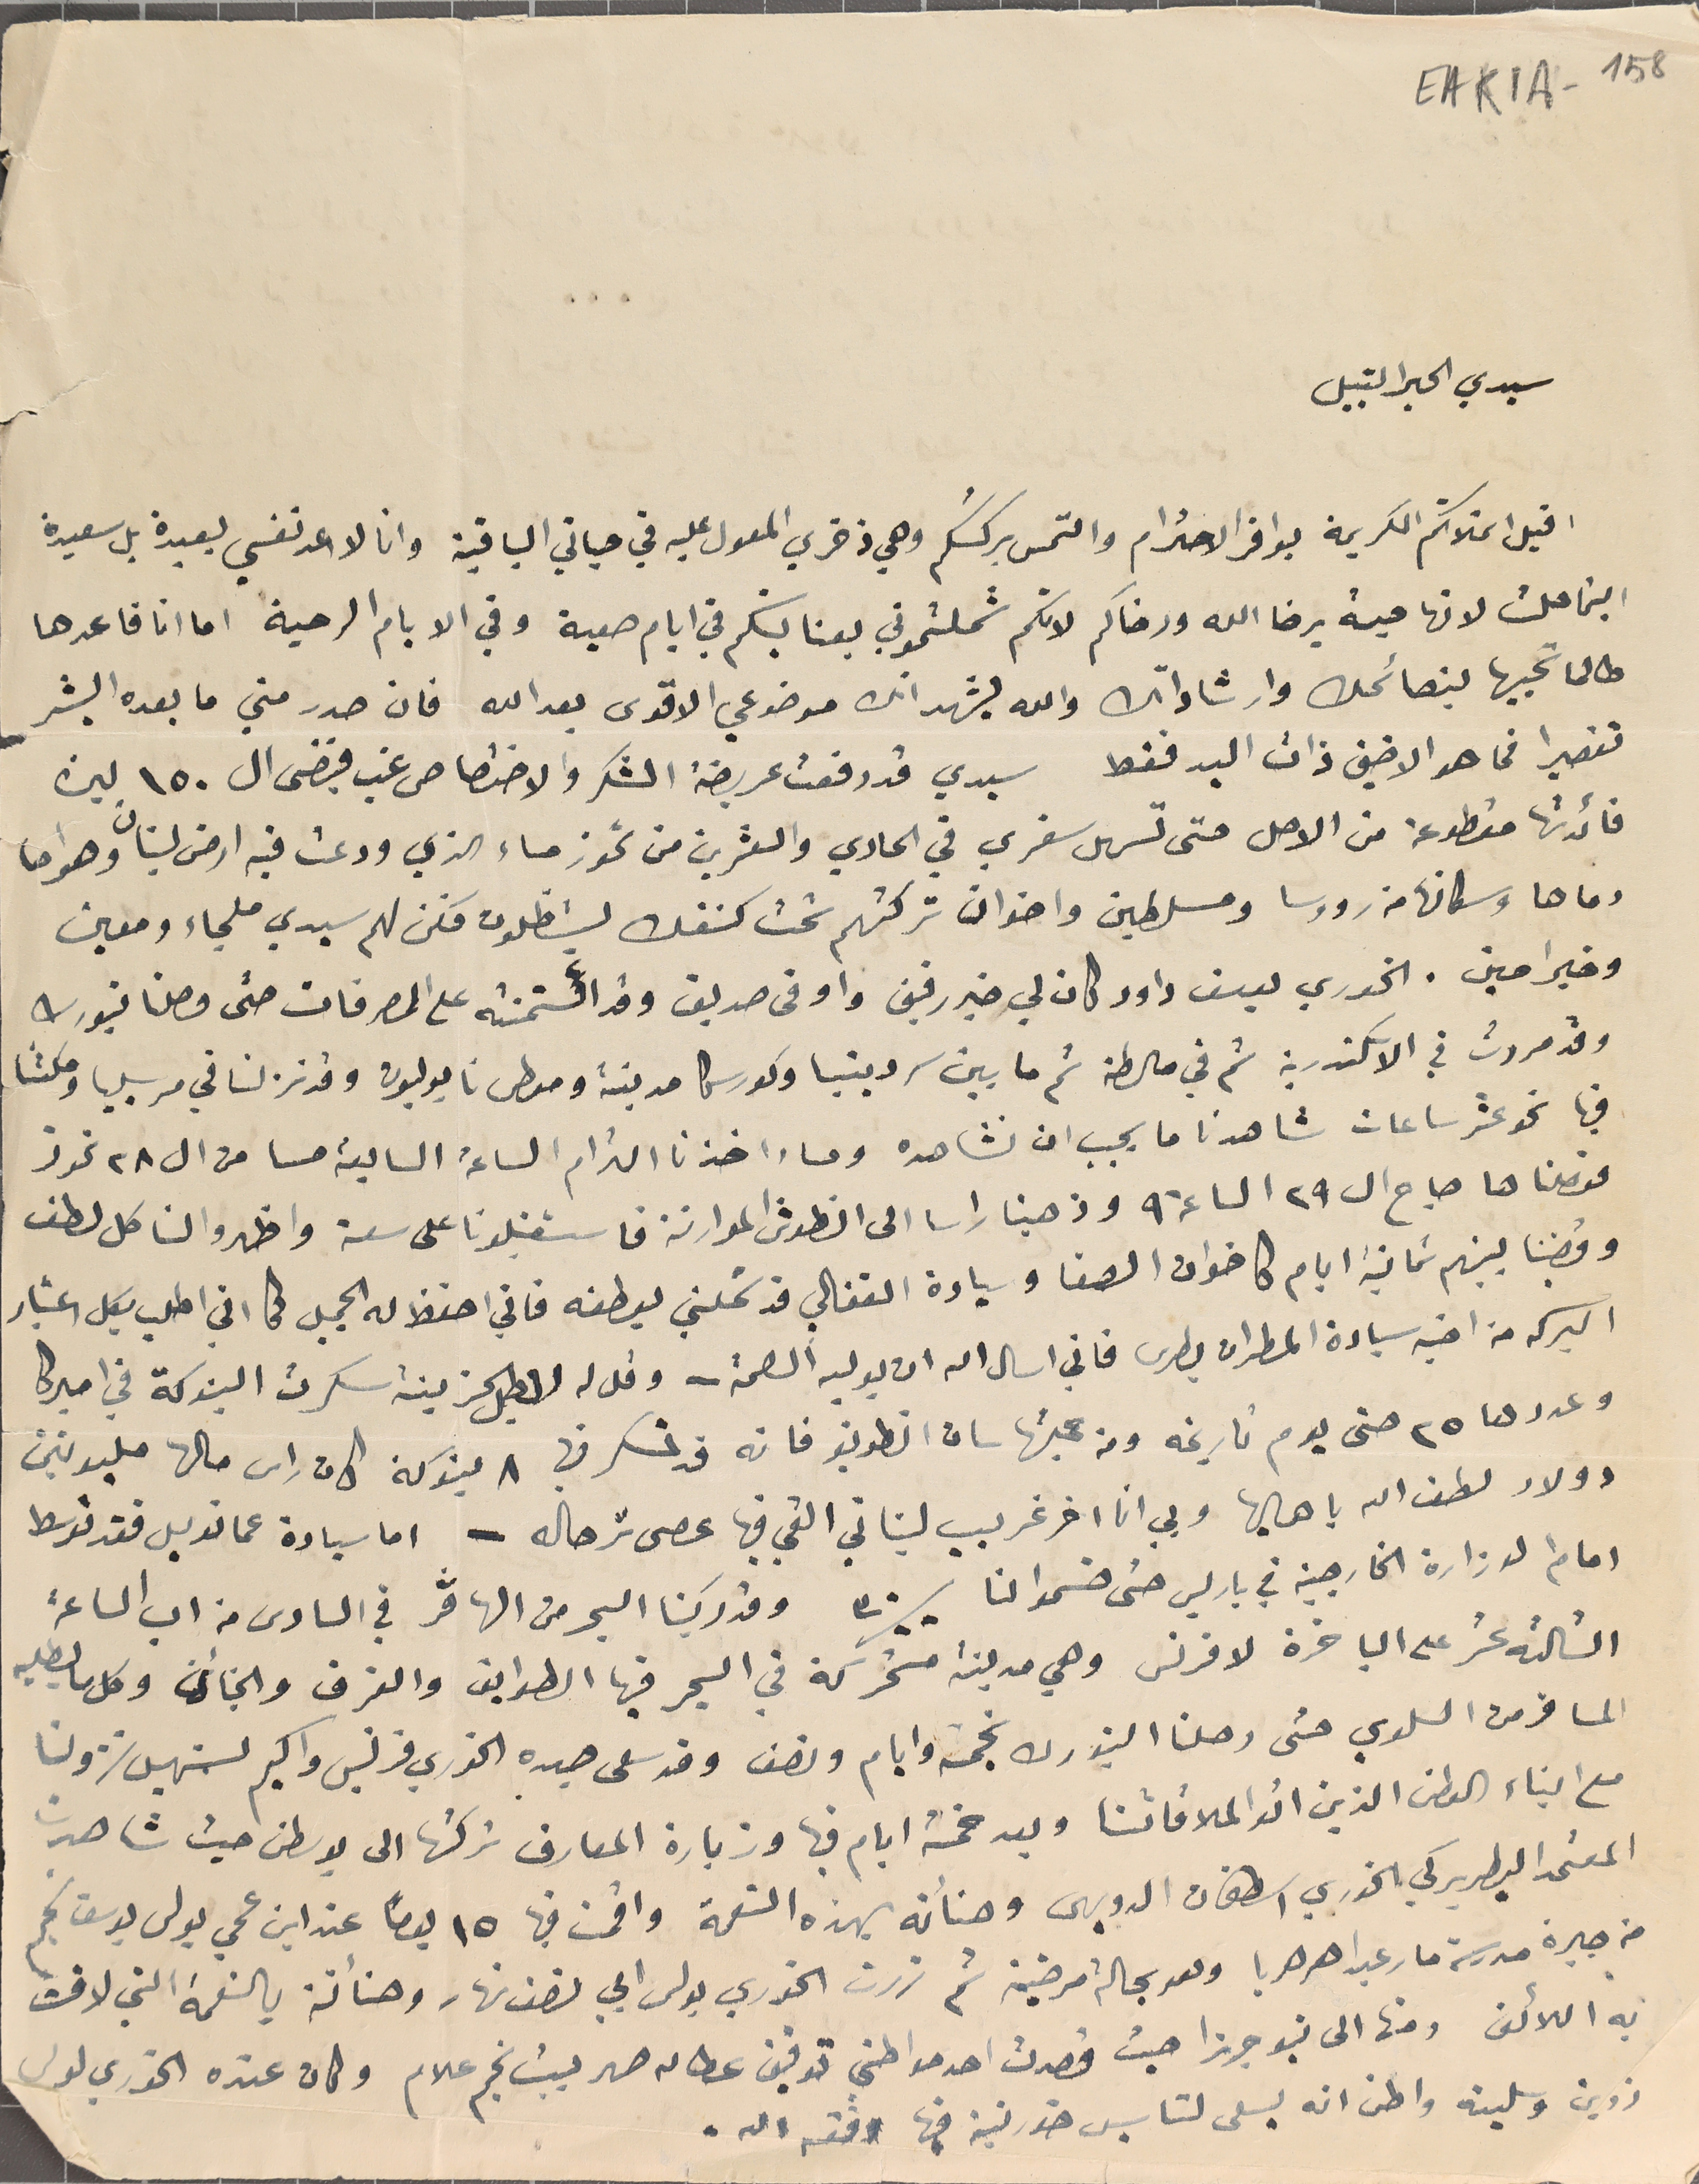
EAK1A- 158
سيدي الحبر النبيل
اقبل اىملاتكم الكريمة بوافر الاحترام والتمس بركتكم وهي ذخري المعول عليه في حياتي الباقية وانا لا اعد نفسي بعيدة بل سعيدة
اينما حلت لانها حية برضا الله ورضاكم لانكم شملتموني بعنايتكم في ايام صعبة وفي الايام الرحبة اما انا فاعدها
طالما تحبيها بنصائحك وارشاداتك والله يشهد انك موضوعي الاقوى بعد الله فان صدر مني ما بعده البشر
تقصيرا فما هو الا ضني ذات البد فقط سيدي قد رفعت عريضة الشكر والاختصاص غب فيضى ال ١٥٠ ليرة
فائدتها مقطوعة من الاصل حتى تسهل سفري في الحادي والعشرين من تموز مساء الذي ودعت فيه ارض لبنان وهواها
وماها وسكانها من رووسا ومسلطين واخوان تركتهم تحت كنفك يسَتظلون فكن لهم سيدي ملجاء ومعين
وخير امين. الخوري يوسف داود كان لي خير رفيق واوفى صديق وقد ائتمنته على المصرفات حتى وصلنا نيورك
وقد مررت في الاسكندرية ثم في مالطة ثم ما بين سردينيا وكورسكا مدينة وموطى نايوليون وقد نزلنا في مرسيليا ومكثنا
فيها نحو عشر ساعات شاهدنا ما يجب ان نشاهده ومساء اخذنا الترام الساعة السابعة مسا من ال ٢٨ تموز
فوصلناها صباح ال ٢٩ الساعة ٩ وذهبنا راسا الى انطوش الموارنة فاستقبلونا على سعة واظهروا لنا كل لطف
وقضينا بينهم ثمانية ايام كاخوان الصفا وسيادة الفغالي قد شملني بعطفه فاني احفظ له الجميل كما اني اطلب بكل اعتبار
البركه من اخيه سيادة المطران بطرس فاني اسال الله ان يوليه الصحة - وقل له لاجل الحزينة سكرت البنوكة في اميركا
وعددها ٢٥ حتى يوم تاريخه ومن جملتها سان انطونيو فانه قد تسكر فيها ٨ بنوكة كان راس مالها مليونين
دولار لطف الله باهاليها وبي انا اخر غريب لبناني القي فيها عصى ترحاله - اما سيادة عمانويل فقد توسط
امام الوزارة الخارجية في باريس حتى حسَموا لنا  ٣٠/٠٠ وقد ركبنا البحر من الهاڤر في السادس من اب الساعة
الثالثه عشر على الباخرة لافرنس وهي مدينه متحركة في البحر فيها الطوابق والغرف والجنائن وكل ما يطلبه
المسافر من السلوي حتى رحلنا النيورك بخمسة وايام ونصف وقد سعى جده الخوري فرنسيس واكيم لتسهيل نزولنا
مع ابناء الوطن الذين اتوا لملاقاتنا وبعد خمسة ايام فيها وزيارة المعارف تركتها الى بوسطن حيث شاهدت
المعتمد البطريركي الخوري اسطفان الدويهى وهنأته بهذه النعمة واقمت فيها ١٥ يومًا عند ابن عمي بولس يوسف نجم
من جيرة مدرسة مار عبدا هرهريا وهد بحالة مرضية ثم زرت الخوري بولس ابي نصف نهار وهنأتة بالنعمة التي لاقت
به اللائق ومنها الى نيو جرزا حيث قصدت احد مواطني توفيق عطالله صهر بيت نجم علام وكان عنده الخورى لويس
زوين وسلينه واظن انه يسعى لتاسيس خورنية فيها وفقه الله.